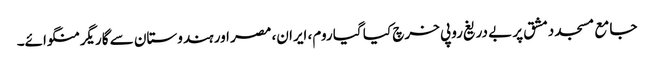
جامع مسجد دمشق پر بے دریغ روپی خرچ کیا گیا روم، ایران، مصر اور ہندوستان سے گاریگر منگوائے۔